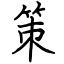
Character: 策